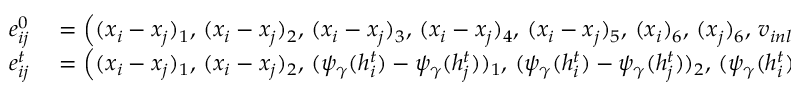
\begin{array} { r l } { e _ { i j } ^ { 0 } } & { { } = \left( ( x _ { i } - x _ { j } ) _ { 1 } , \, ( x _ { i } - x _ { j } ) _ { 2 } , \, ( x _ { i } - x _ { j } ) _ { 3 } , \, ( x _ { i } - x _ { j } ) _ { 4 } , \, ( x _ { i } - x _ { j } ) _ { 5 } , \, ( x _ { i } ) _ { 6 } , \, ( x _ { j } ) _ { 6 } , \, v _ { i n l e t } \right) } \\ { e _ { i j } ^ { t } } & { { } = \left( ( x _ { i } - x _ { j } ) _ { 1 } , \, ( x _ { i } - x _ { j } ) _ { 2 } , \, ( \psi _ { \gamma } ( h _ { i } ^ { t } ) - \psi _ { \gamma } ( h _ { j } ^ { t } ) ) _ { 1 } , \, ( \psi _ { \gamma } ( h _ { i } ^ { t } ) - \psi _ { \gamma } ( h _ { j } ^ { t } ) ) _ { 2 } , \, ( \psi _ { \gamma } ( h _ { i } ^ { t } ) - \psi _ { \gamma } ( h _ { j } ^ { t } ) ) _ { 3 } , \, g _ { i } , \, g _ { j } , \, v _ { i n l e t } \right) } \end{array}